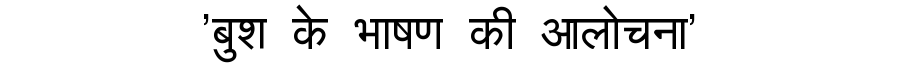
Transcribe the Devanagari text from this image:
'बुश के भाषण की आलोचना'